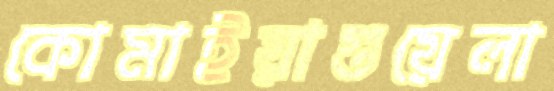
কোমাইয়াগুয়েলা